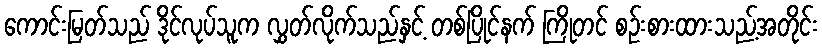
ကောင်းမြတ်သည် ဒိုင်လုပ်သူက လွှတ်လိုက်သည်နှင့် တစ်ပြိုင်နက် ကြိုတင် စဉ်းစားထားသည့်အတိုင်း